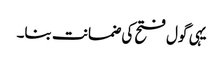
یہی گول فتح کی ضمانت بنا۔